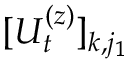
[ U _ { t } ^ { ( z ) } ] _ { k , j _ { 1 } }